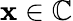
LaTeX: \mathbf{x}\in\mathbb{{C}}